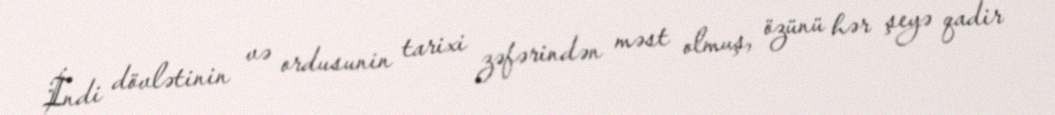
İndi dövlətinin və ordusunin tarixi zəfərindən məst olmuş, özünü hər şeyə qadir